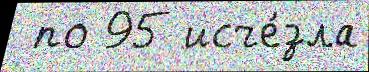
 по 95 исче́зла